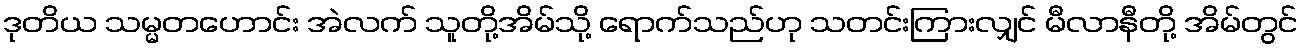
ဒုတိယ သမ္မတဟောင်း အဲလက် သူတို့အိမ်သို့ ရောက်သည်ဟု သတင်းကြားလျှင် မီလာနီတို့ အိမ်တွင်